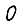
Digit: 0